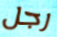
رجل